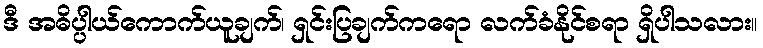
ဒီ အဓိပ္ပါယ်ကောက်ယူချက်၊ ရှင်းပြချက်ကရော လက်ခံနိုင်စရာ ရှိပါသလား။